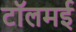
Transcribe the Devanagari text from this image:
टॉलमई